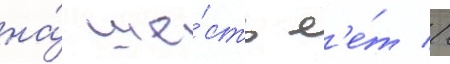
на́ ше́сть л'е́т //